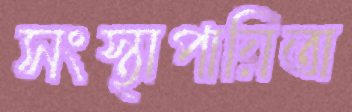
সংস্থাপায়িতা